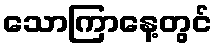
သောကြာနေ့တွင်